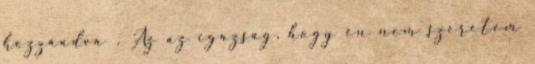
hozzáadva . Az az igazság, hogy én nem szeretem